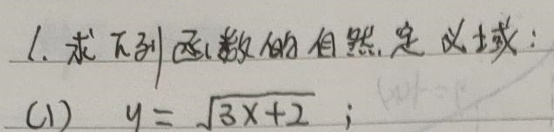
1. 求下列函数的自然定义域：
(1) \(y = \sqrt{3x + 2}\)；